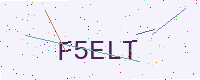
Text: F5ELT